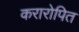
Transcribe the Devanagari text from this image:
करारोपित